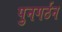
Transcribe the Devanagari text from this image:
पुनगर्ठन